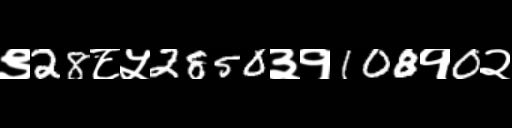
Text: ९28८५2850३१108१0२